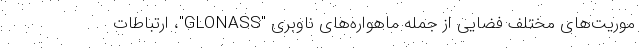
موریت‌های مختلف فضایی از جمله ماهواره‌های ناوبری "GLONASS"، ارتباطات